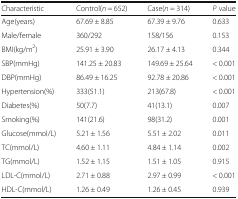
<table><thead><tr><td><b>Characteristic</b></td><td><b>Control(<i>n</i> = 652)</b></td><td><b>Case(<i>n</i> = 314)</b></td><td><b><i>P</i> value</b></td></tr></thead><tbody><tr><td>Age(years)</td><td>67.69 ± 8.85</td><td>67.39 ± 9.76</td><td>0.633</td></tr><tr><td>Male/female</td><td>360/292</td><td>158/156</td><td>0.153</td></tr><tr><td>BMI(kg/m<sup>2</sup>)</td><td>25.91 ± 3.90</td><td>26.17 ± 4.13</td><td>0.344</td></tr><tr><td>SBP(mmHg)</td><td>141.25 ± 20.83</td><td>149.69 ± 25.64</td><td>&lt; 0.001</td></tr><tr><td>DBP(mmHg)</td><td>86.49 ± 16.25</td><td>92.78 ± 20.86</td><td>&lt; 0.001</td></tr><tr><td>Hypertension(%)</td><td>333(51.1)</td><td>213(67.8)</td><td>&lt; 0.001</td></tr><tr><td>Diabetes(%)</td><td>50(7.7)</td><td>41(13.1)</td><td>0.007</td></tr><tr><td>Smoking(%)</td><td>141(21.6)</td><td>98(31.2)</td><td>0.001</td></tr><tr><td>Glucose(mmol/L)</td><td>5.21 ± 1.56</td><td>5.51 ± 2.02</td><td>0.011</td></tr><tr><td>TC(mmol/L)</td><td>4.60 ± 1.11</td><td>4.84 ± 1.14</td><td>0.002</td></tr><tr><td>TG(mmol/L)</td><td>1.52 ± 1.15</td><td>1.51 ± 1.05</td><td>0.915</td></tr><tr><td>LDL-C(mmol/L)</td><td>2.71 ± 0.88</td><td>2.97 ± 0.99</td><td>&lt; 0.001</td></tr><tr><td>HDL-C(mmol/L)</td><td>1.26 ± 0.49</td><td>1.26 ± 0.45</td><td>0.939</td></tr></tbody></table>